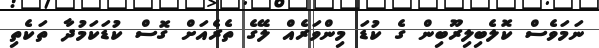
ނަމަވެސް ކޮލެބިލިރޫބިން ގެ ކުޑަ މިންވަރެއް ލޭގެ ތެރެއަށް ގޮސް ކުޑަކަމުދާ ތަކެތި